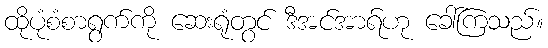
ထိုပုံစံစာရွက်ကို ဆေးရုံတွင် ဒီအင်အာရ်ဟု ခေါ်ကြသည်။